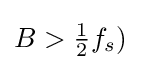
B>{\tfrac {1}{2}}f_{s})